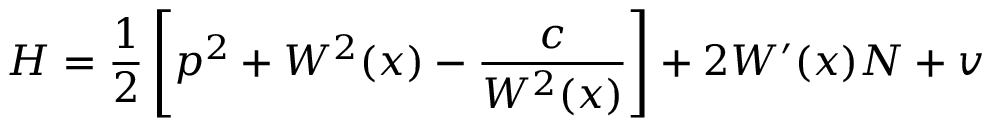
H = \frac 1 2 \left[ p ^ { 2 } + W ^ { 2 } ( x ) - \frac { c } { W ^ { 2 } ( x ) } \right] + 2 W ^ { \prime } ( x ) N + v